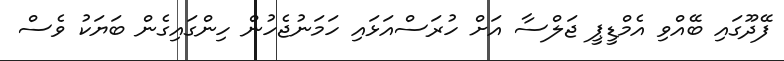
ފޭދޫގައި ބޭއްވި އެމްޑީޕީ ޖަލްސާ އަށް ހުރަސްއަޅައި ހަމަނުޖެހުން ހިންގައިގެން ބަޔަކު ވެސް